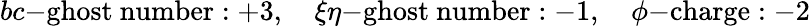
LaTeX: bc\mathrm{-ghost~number}:+3,\quad\xi\eta\mathrm{-ghost~number}:-1,\quad\phi\mathrm{-charge}:-2